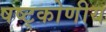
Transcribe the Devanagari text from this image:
षष्ट्कोणीय